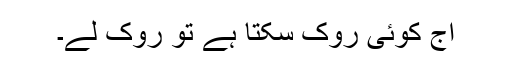
آج کوئی روک سکتا ہے تو روک لے۔